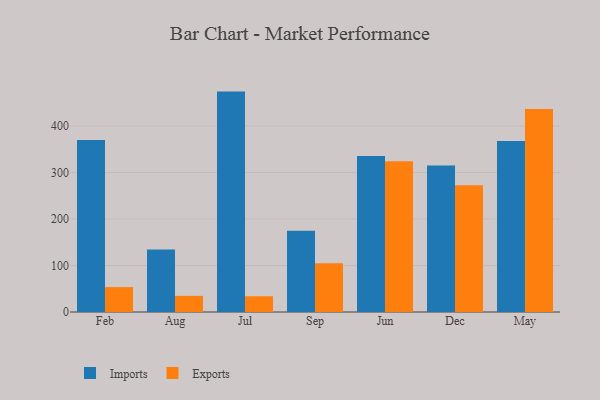
{"axis": {"x": "Month", "y": "Population (Million)"}, "legend": ["Exports", "Imports"], "data": [{"x": "Feb", "y": 370.0, "type": "Imports"}, {"x": "Feb", "y": 53.6, "type": "Exports"}, {"x": "Aug", "y": 134.5, "type": "Imports"}, {"x": "Aug", "y": 34.7, "type": "Exports"}, {"x": "Jul", "y": 474.3, "type": "Imports"}, {"x": "Jul", "y": 33.9, "type": "Exports"}, {"x": "Sep", "y": 174.9, "type": "Imports"}, {"x": "Sep", "y": 104.7, "type": "Exports"}, {"x": "Jun", "y": 335.8, "type": "Imports"}, {"x": "Jun", "y": 324.4, "type": "Exports"}, {"x": "Dec", "y": 315.4, "type": "Imports"}, {"x": "Dec", "y": 272.5, "type": "Exports"}, {"x": "May", "y": 368.1, "type": "Imports"}, {"x": "May", "y": 436.7, "type": "Exports"}]}